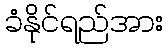
ခံနိုင်ရည်အား